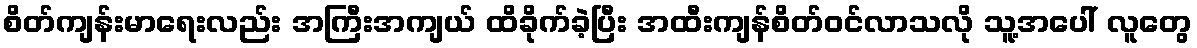
စိတ်ကျန်းမာရေးလည်း အကြီးအကျယ် ထိခိုက်ခဲ့ပြီး အထီးကျန်စိတ်ဝင်လာသလို သူ့အပေါ် လူတွေ